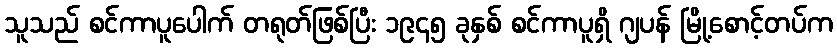
သူသည် စင်ကာပူပေါက် တရုတ်ဖြစ်ပြီး ၁၉၄၅ ခုနှစ် စင်ကာပူရှိ ဂျပန် မြို့စောင့်တပ်က